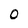
Character: O